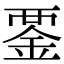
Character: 𧟴